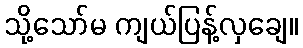
သို့သော်မ ကျယ်ပြန့်လှချေ။